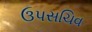
ઉપસચિવ